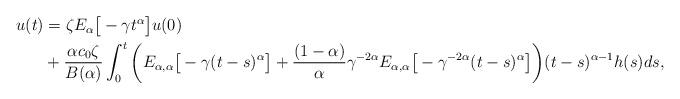
LaTeX: \begin{align*}\begin{aligned}u(t) & = \zeta E_{\alpha}\big[-\gamma t^{\alpha}\big]u(0)\\&+ \frac{\alpha c_{0} \zeta}{B(\alpha)} \int_{0}^{t}\bigg( E_{\alpha,\alpha}\big[-\gamma(t-s)^{\alpha}\big] + \frac{(1-\alpha)}{\alpha}\gamma^{-2\alpha}E_{\alpha,\alpha}\big[-\gamma^{-2\alpha}(t-s)^{\alpha}\big]\bigg)(t-s)^{\alpha-1}h(s)ds,\end{aligned}\end{align*}